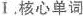
Ⅰ,核心单词